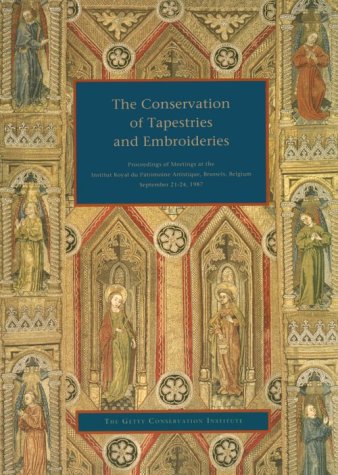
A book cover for The Conservation of Tapestries and Embroideries: Proceedings of Meetings at the Institut Royal du Patrimoine Artistique, Brussels, Belgium (Getty Trust Publications: Getty Conservation Institute); Proceedings; Crafts, Hobbies & Home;